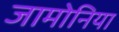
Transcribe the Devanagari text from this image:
जामोनिया